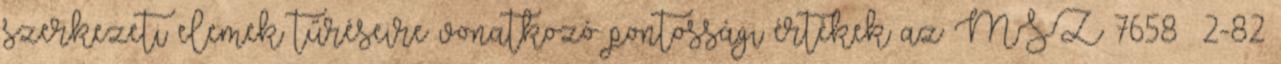
szerkezeti elemek tűréseire vonatkozó pontossági értékek az MSZ 7658 2-82